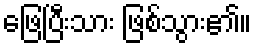
ဖြေပြီးသား ဖြစ်သွား၏။